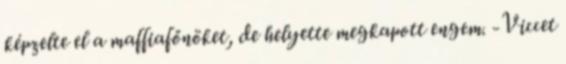
képzelte el a maffiafőnöket, de helyette megkapott engem. -Viccet